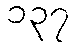
၁၃၇